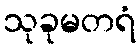
သုခုမတရံ